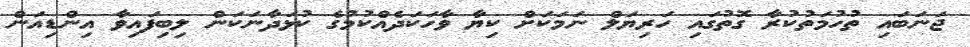
ޖަނަބައި ތުހުމަތުކުރާ ގޮތުގައި ހަރިޔަލް ނަމަކަށް ކިޔާ ވާހަކަދެއްކުމުގެ ކުޅަދާނަކަން ލިބިފައިވާ އިންޑިއަން